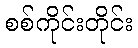
စစ်ကိုင်းတိုင်း